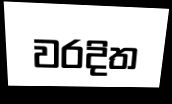
වරදිත